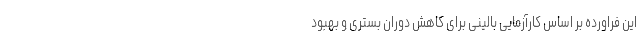
این فراورده بر اساس کارآزمایی بالینی برای کاهش دوران بستری و بهبود